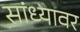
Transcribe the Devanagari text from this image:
सांध्यावर